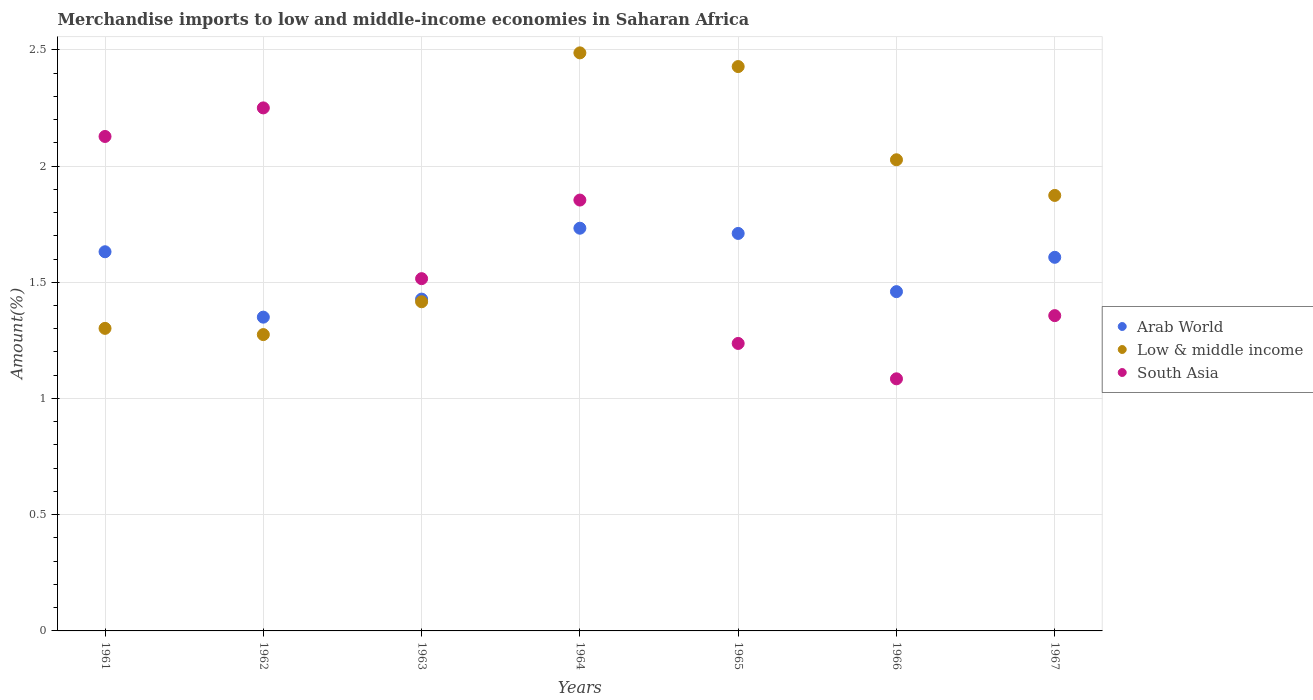
| Years | Arab World | Low & middle income | South Asia |
 | --- | --- | --- | --- |
 | 1961 | 1.63 | 1.3 | 2.13 |
 | 1962 | 1.35 | 1.27 | 2.25 |
 | 1963 | 1.43 | 1.42 | 1.52 |
 | 1964 | 1.73 | 2.49 | 1.85 |
 | 1965 | 1.71 | 2.43 | 1.24 |
 | 1966 | 1.46 | 2.03 | 1.08 |
 | 1967 | 1.61 | 1.87 | 1.36 |